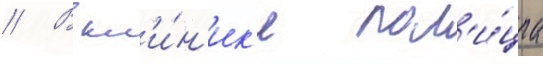
// В кл'и́н'ик'е пол'и́циа